Reports on dispensaries and lunatic asylums in the Province of Oudh - 1869-1876
Year: 1869
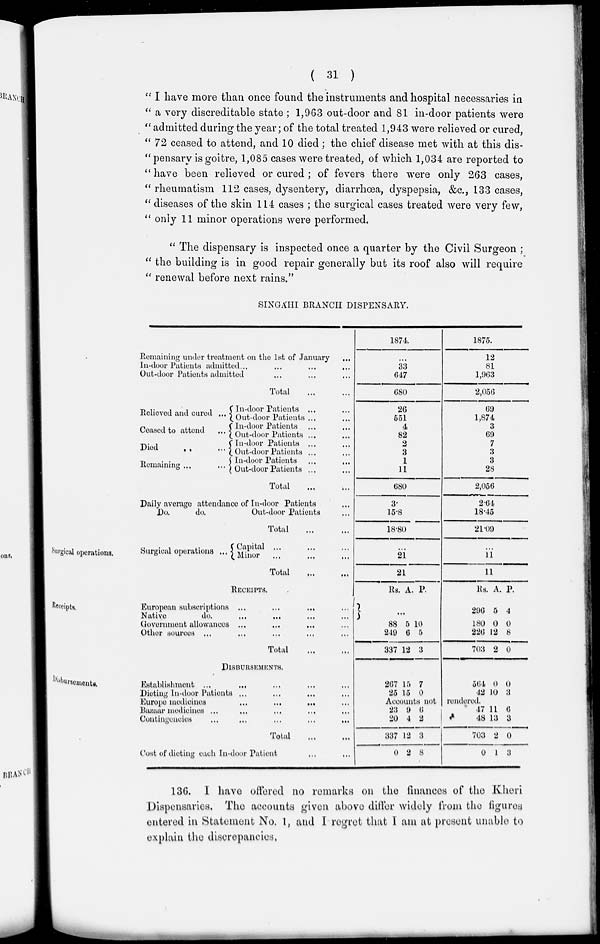
( 31 )
" I have more than once found the instruments and hospital necessaries in
" a very discreditable state ; 1,963 out-door and 81 in-door patients were
" admitted during the year; of the total treated 1,943 were relieved or cured,
" 72 ceased to attend, and 10 died ; the chief disease met with at this dis-
" pensary is goitre, 1,085 cases were treated, of which 1,034 are reported to
" have been relieved or cured ; of fevers there were only 263 cases,
"rheumatism 112 cases, dysentery, diarrhœa, dyspepsia, &c., 133 cases,
" diseases of the skin 114 cases ; the surgical cases treated were very few,
" only 11 minor operations were performed.
" The dispensary is inspected once a quarter by the Civil Surgeon ;
" the building is in good repair generally but its roof also will require
" renewal before next rains."
SINGÁHI BRANCH DISPENSARY.
Remaining under treatment on the 1st of January ...
In-door Patients admitted ... ... ... ...
Out-door Patients admitted ... ... ...
Total ... ...
Relieved and cured ...
Ceased to attend ...
Died
..
...
Remaining ... ...
In-door Patients ... ...
Out-door Patients ... ...
In-door Patients ... ...
Out-door Patients ... ...
In-door Patients ... ...
Out-door Patients ... ...
In-door Patients ... ...
Out-door Patients ... ...
Total ... ...
Daily average attendance of In-door Patients ... ...
Do.
do.
Out-door Patients ...
Total
...
...
1874.
...
33
647
680
26
551
4
82
2
3
1
11
680
3
15.8
18.80
1875.
12
81
1,963
2,056
69
1,874
3
69
7
3
3
28
2,056
2.64
18.45
21.09
Surgical operations.
Surgical operations ...
Capital ... ... ...
Minor ... ... ...
Total ... ...
...
21
21
...
11
11
Receipts.
RECEIPTS.
European subscriptions ...
... ... ...
Nativo
do.
...
... ... ...
Government allowances ...
... ... ...
Other sources ... ... ... ... ...
Total ... ...
Rs. A. P.
...
88
249
337
5
6
12
10
5
3
Rs.
296
180
226
703
A.
5
0
12
2
P.
4
0
8
0
Disbursements.
DISBURSEMENTS.
Establishment ... ... ... ... ...
Dieting In-door Patients ... ... ... ...
Europe medicines
...
... ... ...
Bazaar medicines ... ... ... ... ...
Contingencies
...
...
...
...
...
Total
...
...
Cost of dieting each In-door Patient ... ...
267
25
15
15
7
0
564
42
0
10
0
3
Accounts not
rendered.
23
20
337
0
9
4
12
2
6
2
3
8
47
48
703
0
11
13
2
1
6
3
0
3
136. I have offered no remarks on the finances of the Kheri
Dispensaries. The accounts given above differ widely from the figures
entered in Statement No. 1, and I regret that I am at present unable to
explain the discrepancies.